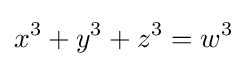
x^{3}+y^{3}+z^{3}=w^{3}